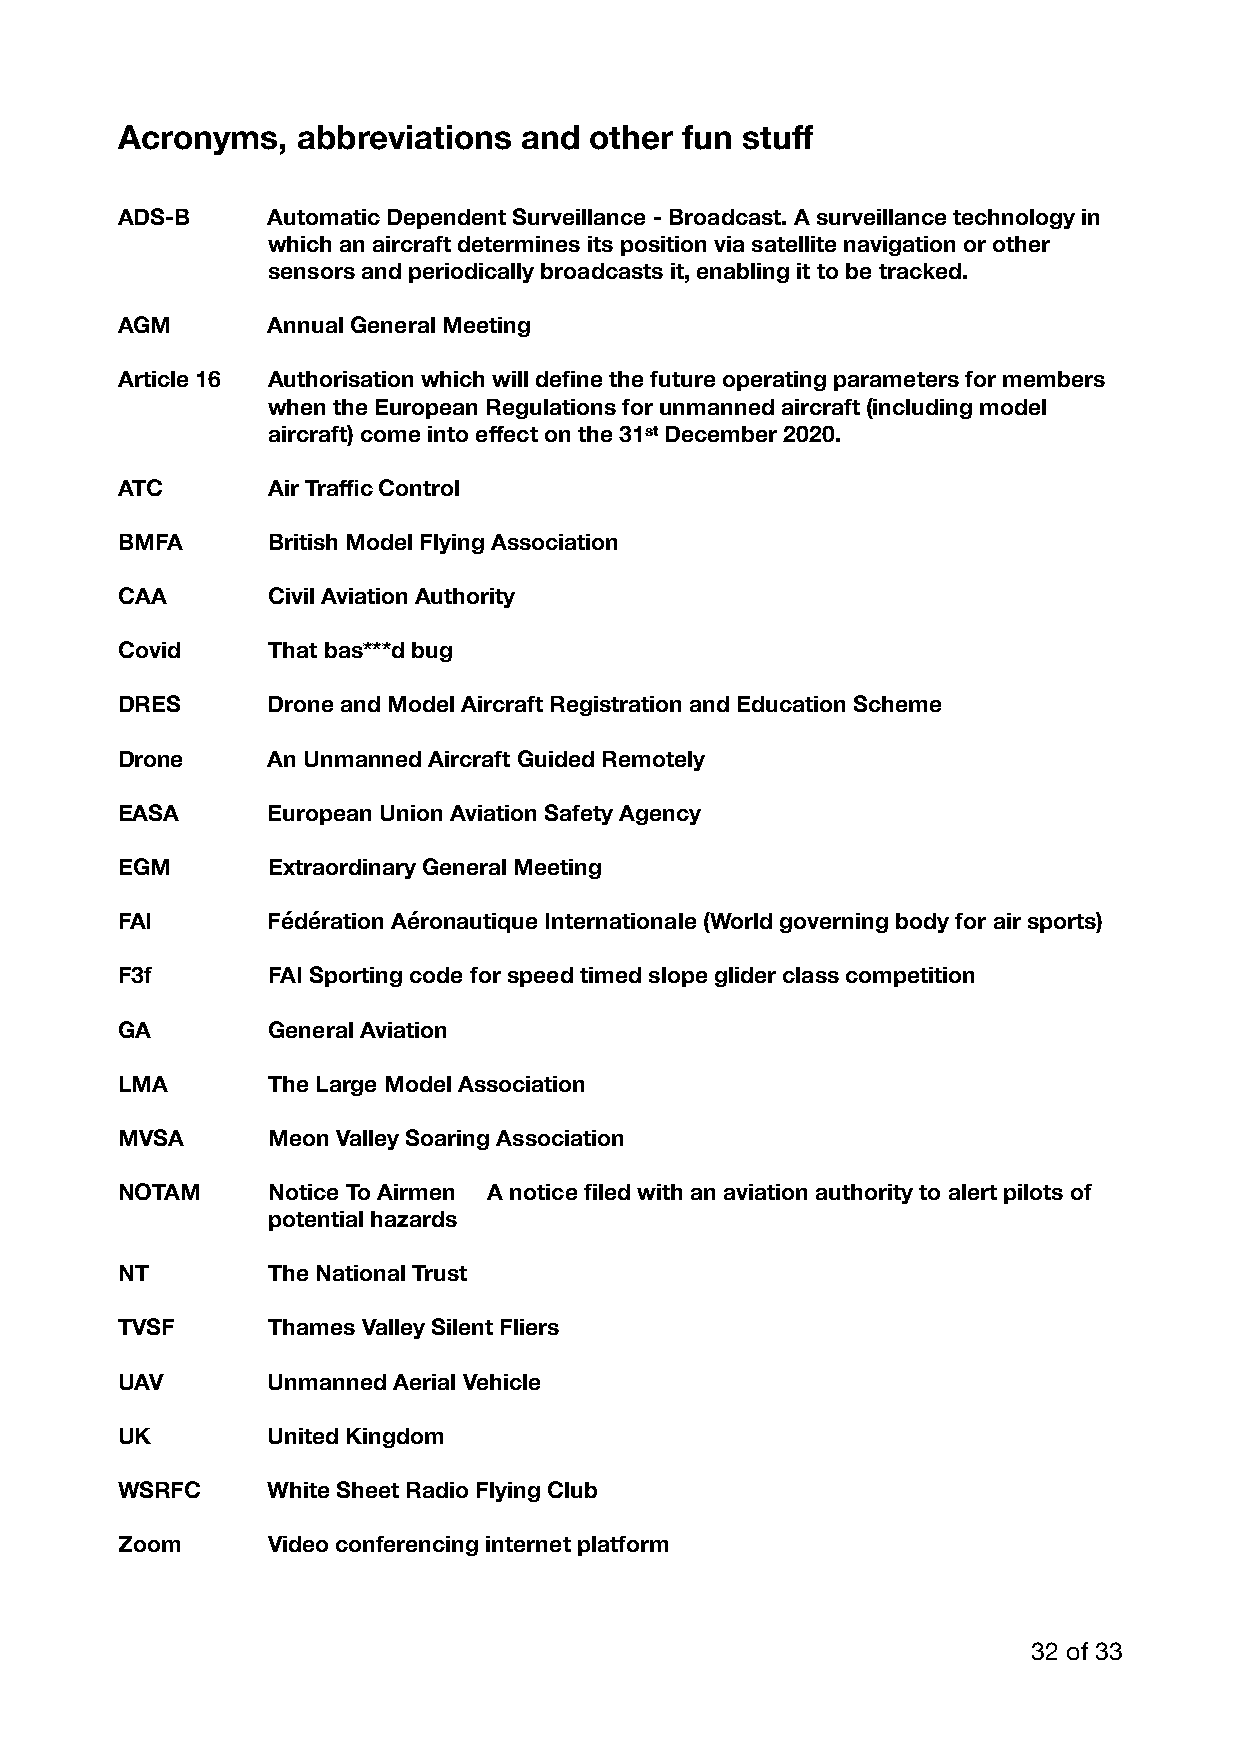
Acronyms,   abbreviations and  other fun stuff
 ADS-B     Automatic Dependent Surveillance - Broadcast. A surveillance technology in
 which an aircraft determines its position via satellite navigation or other
 sensors and periodically broadcasts it, enabling it to be tracked.
 AGM       Annual General Meeting
 Article 16 Authorisation which will define the future operating parameters for members
 when the European Regulations for unmanned aircraft (including model
 aircraft) come into effect on the 31st December 2020.
 ATC       Air Traffic Control
 BMFA      British Model Flying Association
 CAA       Civil Aviation Authority
 Covid     That bas***d bug
 DRES      Drone and Model Aircraft Registration and Education Scheme
 Drone     An Unmanned Aircraft Guided Remotely
 EASA      European Union Aviation Safety Agency
 EGM       Extraordinary General Meeting
 FAI       Fédération Aéronautique Internationale (World governing body for air sports)
 F3f       FAI Sporting code for speed timed slope glider class competition
 GA        General Aviation
 LMA       The Large Model Association
 MVSA      Meon Valley Soaring Association
 NOTAM     Notice To Airmen A notice filed with an aviation authority to alert pilots of
 potential hazards
 NT        The National Trust
 TVSF      Thames Valley Silent Fliers
 UAV       Unmanned Aerial Vehicle
 UK        United Kingdom
 WSRFC     White Sheet Radio Flying Club
 Zoom      Video conferencing internet platform
 32 of 33